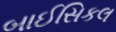
બાઈસિકલ